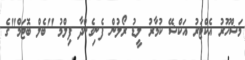
މަޝްހޫރު އެކްޓަރު އަކްޝޭ ކުމާރު ލީޑު ރޯލުން ފެނިގެންދާ ފިލްމު "ބެލް ބޮޓަމް"ގެ